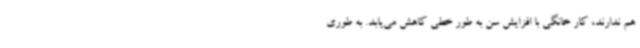
هم ندارند، کار خانگی با افزایش سن به طور خطی کاهش می‌یابد. به طوری